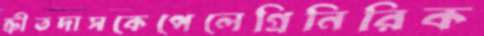
ক্রীতদাসকেপেলেগ্রিনিরিক